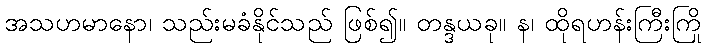
အသဟမာနော၊ သည်းမခံနိုင်သည် ဖြစ်၍။ တန္ဒယခု။ န၊ ထိုရဟန်းကြီးကြို